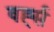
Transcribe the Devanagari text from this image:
वर्ह्स